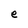
Character: e